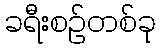
ခရီးစဉ်တစ်ခု